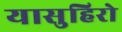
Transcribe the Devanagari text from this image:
यासुहिरो